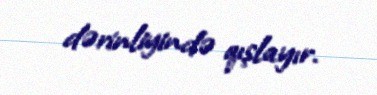
dərinliyində qışlayır.